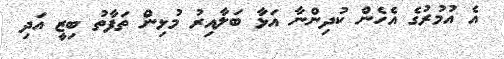
އެ އުމުރުގެ އެހެން ކުދިންނާ އަޅާ ބަލާއިރު މުޅިން ތަފާތު ބިޒީ އަދި